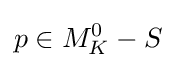
p\in M_{K}^{0}-S